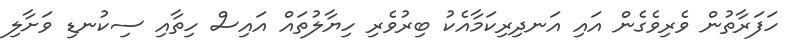
ހަފަރާތުން ވެރިވެގެން އައި އަނދިރިކަމާއެކު ބިރުވެރި ހިޔާލުތައް އައިސް ހިތާއި ސިކުނޑި ވަށާލި